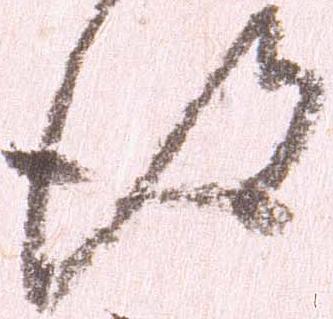
得